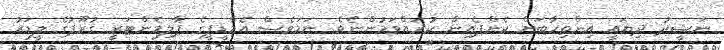
ނަޝީދު ދިޔައީ އިންތިހާބަށް ކެންޕެއިން ކުރައްވަމުންނެވެ. ނަމަވެސް އެމްޑީޕީގެ ޕާލިމެންޓަރީ ގުރޫޕުގެ ލީޑަރު